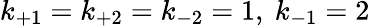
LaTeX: k_{+1}=k_{+2}=k_{-2}=1,~k_{-1}=2